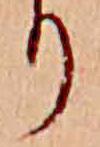
り